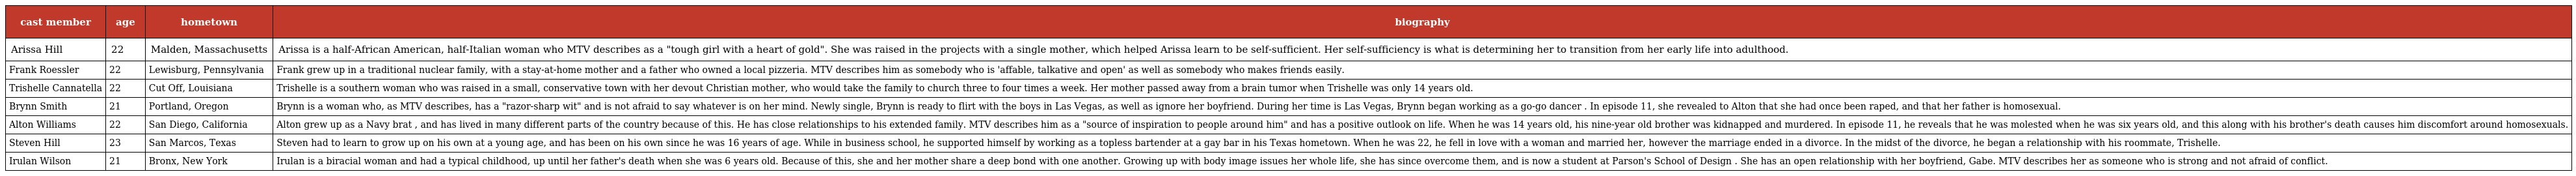
| cast member | age | hometown | biography |
 | --- | --- | --- | --- |
 | Arissa Hill | 22 | Malden, Massachusetts | Arissa is a half-African American, half-Italian woman who MTV describes as a "tough girl with a heart of gold". She was raised in the projects with a single mother, which helped Arissa learn to be self-sufficient. Her self-sufficiency is what is determining her to transition from her early life into adulthood. |
 | Frank Roessler | 22 | Lewisburg, Pennsylvania | Frank grew up in a traditional nuclear family, with a stay-at-home mother and a father who owned a local pizzeria. MTV describes him as somebody who is 'affable, talkative and open' as well as somebody who makes friends easily. |
 | Trishelle Cannatella | 22 | Cut Off, Louisiana | Trishelle is a southern woman who was raised in a small, conservative town with her devout Christian mother, who would take the family to church three to four times a week. Her mother passed away from a brain tumor when Trishelle was only 14 years old. |
 | Brynn Smith | 21 | Portland, Oregon | Brynn is a woman who, as MTV describes, has a "razor-sharp wit" and is not afraid to say whatever is on her mind. Newly single, Brynn is ready to flirt with the boys in Las Vegas, as well as ignore her boyfriend. During her time is Las Vegas, Brynn began working as a go-go dancer . In episode 11, she revealed to Alton that she had once been raped, and that her father is homosexual. |
 | Alton Williams | 22 | San Diego, California | Alton grew up as a Navy brat , and has lived in many different parts of the country because of this. He has close relationships to his extended family. MTV describes him as a "source of inspiration to people around him" and has a positive outlook on life. When he was 14 years old, his nine-year old brother was kidnapped and murdered. In episode 11, he reveals that he was molested when he was six years old, and this along with his brother's death causes him discomfort around homosexuals. |
 | Steven Hill | 23 | San Marcos, Texas | Steven had to learn to grow up on his own at a young age, and has been on his own since he was 16 years of age. While in business school, he supported himself by working as a topless bartender at a gay bar in his Texas hometown. When he was 22, he fell in love with a woman and married her, however the marriage ended in a divorce. In the midst of the divorce, he began a relationship with his roommate, Trishelle. |
 | Irulan Wilson | 21 | Bronx, New York | Irulan is a biracial woman and had a typical childhood, up until her father's death when she was 6 years old. Because of this, she and her mother share a deep bond with one another. Growing up with body image issues her whole life, she has since overcome them, and is now a student at Parson's School of Design . She has an open relationship with her boyfriend, Gabe. MTV describes her as someone who is strong and not afraid of conflict. |